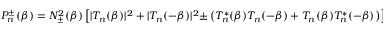
{ \cal P } _ { n } ^ { \pm } ( \beta ) = N _ { \pm } ^ { 2 } ( \beta ) \left[ | T _ { n } ( \beta ) | ^ { 2 } + | T _ { n } ( - \beta ) | ^ { 2 } { \pm } \left( T _ { n } ^ { * } ( \beta ) T _ { n } ( - \beta ) + T _ { n } ( \beta ) T _ { n } ^ { * } ( - \beta ) \right) \right] .